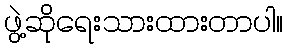
ဖွဲ့ဆိုရေးသားထားတာပါ။